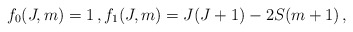
\begin{align*} f_0(J,m) = 1 \,, f_1(J,m) = J(J+1) - 2S(m+1) \,,\end{align*}